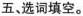
五、选词填空。